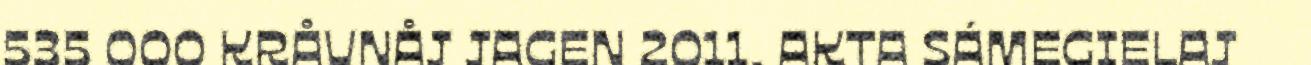
535 000 KRÅVNÅJ JAGEN 2011. AKTA SÁMEGIELAJ